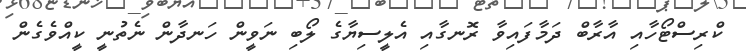
ކްރިސްޓޯހާއި އާރާބް ދަމާފައިވާ ރޮނގާއި އެލީސިޔާގެ ލޯބި ނަވީން ހަނދާން ނެތުނީ ކީއްވެގެން